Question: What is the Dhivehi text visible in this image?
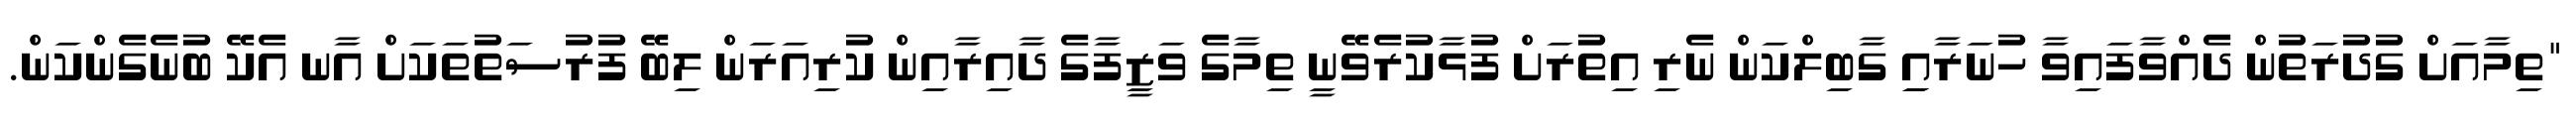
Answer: "ތިމާއަށް ގުދުރަތުން ދެއްވާފައިވާ ހުނަރާއިި ގާބިލްކަން ނެރި އިތުރަށް ފުޅާކުރެވޭނީ ތިމާގެ ވަޒީފާގެ ދާއިރާއިން ކުރިއަރަން ލިބޭ ފުރުސަތުތަކަށް އާނ އެކޭ ބުނެގެންކަން.